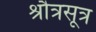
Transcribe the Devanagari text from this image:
श्रौत्रसूत्र